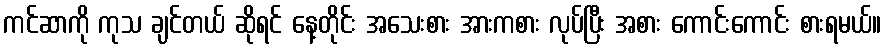
ကင်ဆာကို ကုသ ချင်တယ် ဆိုရင် နေ့တိုင်း အသေးစား အားကစား လုပ်ပြီး အစား ကောင်းကောင်း စားရမယ်။